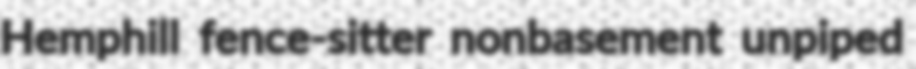
Hemphill fence-sitter nonbasement unpiped